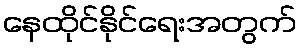
နေထိုင်နိုင်ရေးအတွက်